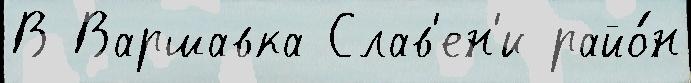
В Варшавка Слав'ен'и райо́н